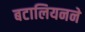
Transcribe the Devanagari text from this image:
बटालियनने